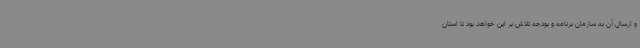
و ارسال آن به سازمان برنامه و بودجه تلاش بر این خواهد بود تا استان